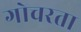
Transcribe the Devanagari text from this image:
गोचरता